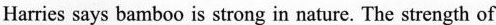
Harries says bamboo is strong in nature, The strength of